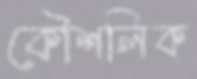
কৌশলিক